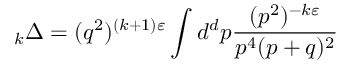
\mathrm { } _ { k } \Delta = ( q ^ { 2 } ) ^ { ( k + 1 ) \varepsilon } \int d ^ { d } p \frac { ( p ^ { 2 } ) ^ { - k \varepsilon } } { p ^ { 4 } ( p + q ) ^ { 2 } }